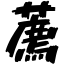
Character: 薦